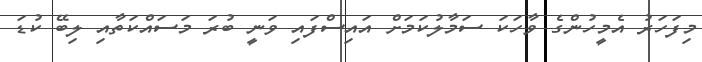
މިފަހަރު އެމީހުންގެ ވާހަކަ ސަމާލުކަމަށް އައިސްފައި ވަނީ ބުރަ މަސައްކަތާއި ލިބޭ ކުޑަ